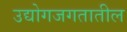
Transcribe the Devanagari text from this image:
उद्योगजगतातील